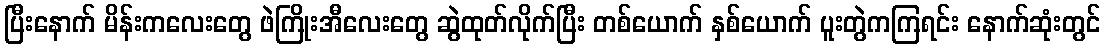
ပြီးနောက် မိန်းကလေးတွေ ဖဲကြိုးအီလေးတွေ ဆွဲထုတ်လိုက်ပြီး တစ်ယောက် နှစ်ယောက် ပူးတွဲကကြရင်း နောက်ဆုံးတွင်